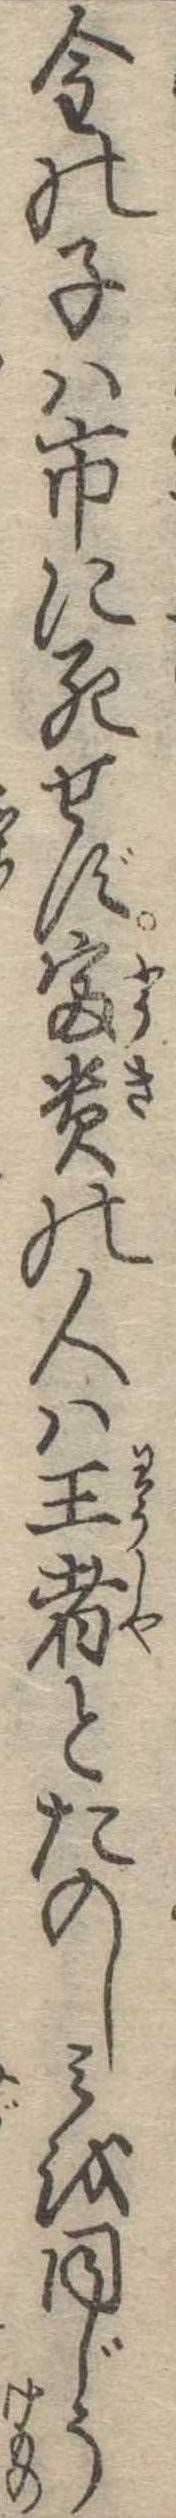
金の子は市に死せず富貴の人は王者とたのしみを同じう